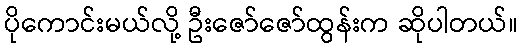
ပိုကောင်းမယ်လို့ ဦးဇော်ဇော်ထွန်းက ဆိုပါတယ်။